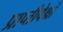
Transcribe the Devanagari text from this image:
प्राप्तीपेक्षां